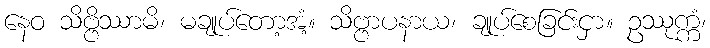
နေဝ သိဗ္ဗိဿာမိ၊ မချုပ်တော့အံ့။ သိဗ္ဗာပနာယ၊ ချုပ်စေခြင်းငှာ။ ဥဿုက္ကံ၊